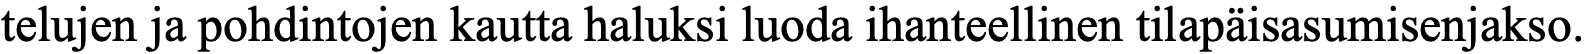
telujen ja pohdintojen kautta haluksi luoda ihanteellinen tilapäisasumisenjakso.